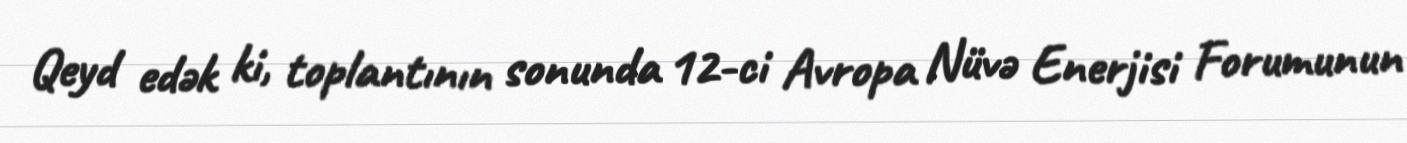
Qeyd edək ki, toplantının sonunda 12-ci Avropa Nüvə Enerjisi Forumunun